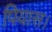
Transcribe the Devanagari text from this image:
पियास।